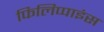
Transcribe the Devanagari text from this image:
फिलिप्पाइंस